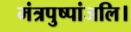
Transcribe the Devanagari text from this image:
मंत्रपुष्पांजलि।